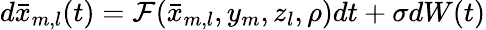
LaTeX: d\bar{x}_{m,l}(t)=\mathcal{F}(\bar{x}_{m,l},y_{m},z_{l},\rho)dt+\sigma dW(t)